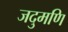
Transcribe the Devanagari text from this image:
जदुमणि